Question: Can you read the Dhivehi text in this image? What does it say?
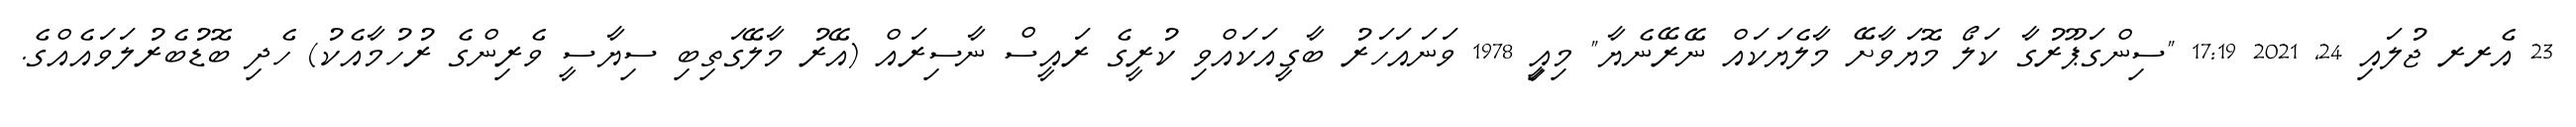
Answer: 23 އެރރ ޖުލައި 24, 2021 17:19 "ސިންގަޕޫރުގާ ކަލޯ މޮޔަވާށޭ މާލެޔަކައް ނޭރޭނެޔާ" މިއިީ 1978 ވަނައަހަރު ބާގީއަކައްވި ކުރީގެ ރައީސް ނާސިރައް (އޭރު މާލޭގަތިބި ސިޔާސީ ވެރިންގެ ރުހުމާއެކު) ހެދި ބޮޑުބެރުލަވައެއްގެ.